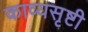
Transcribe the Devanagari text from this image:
काव्यसृष्टी